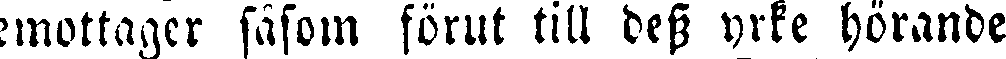
emottager såsom förut till dess yrke hörande